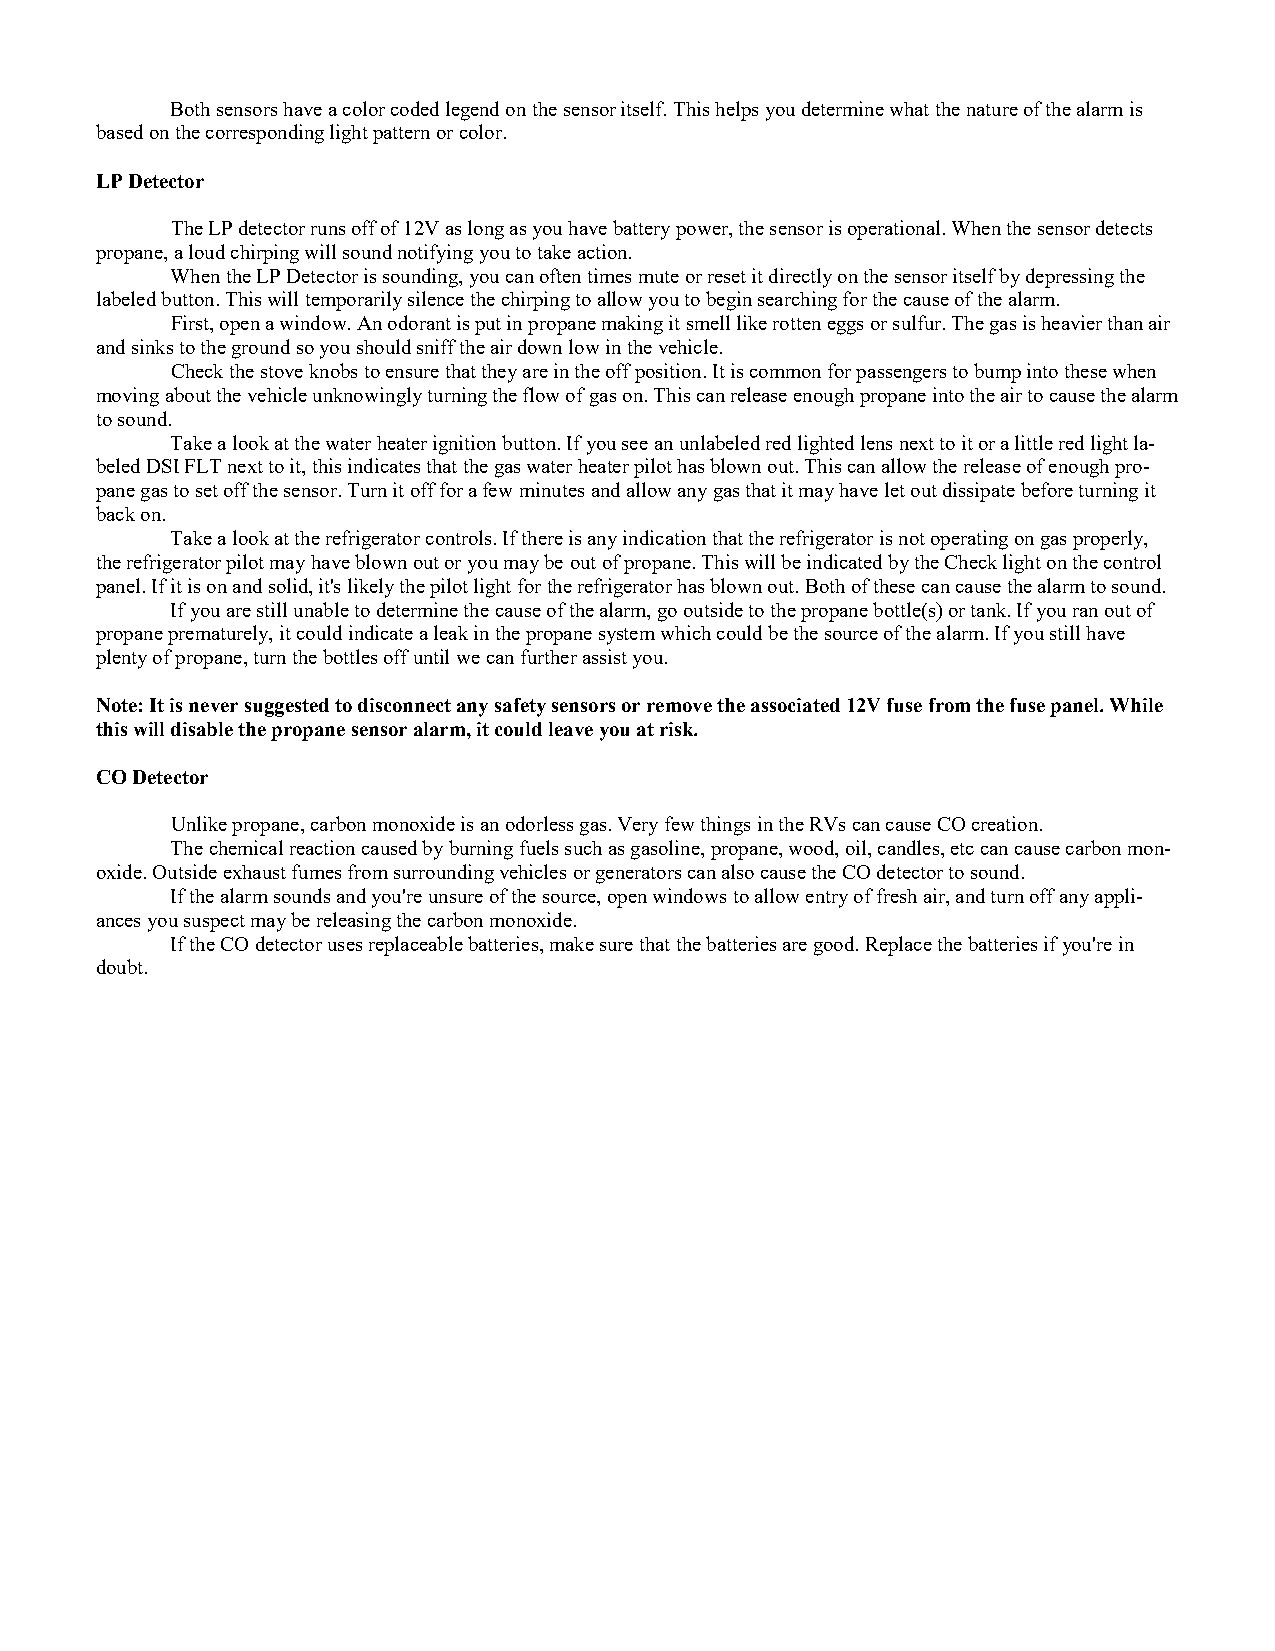
Both sensors have a color coded legend on the sensor itself. This helps you determine what the nature of the alarm is
 based on the corresponding light pattern or color.
 LP Detector
 The LP detector runs off of 12V as long as you have battery power, the sensor is operational. When the sensor detects
 propane, a loud chirping will sound notifying you to take action.
 When the LP Detector is sounding, you can often times mute or reset it directly on the sensor itself by depressing the
 labeled button. This will temporarily silence the chirping to allow you to begin searching for the cause of the alarm.
 First, open a window. An odorant is put in propane making it smell like rotten eggs or sulfur. The gas is heavier than air
 and sinks to the ground so you should sniff the air down low in the vehicle.
 Check the stove knobs to ensure that they are in the off position. It is common for passengers to bump into these when
 moving about the vehicle unknowingly turning the flow of gas on. This can release enough propane into the air to cause the alarm
 to sound.
 Take a look at the water heater ignition button. If you see an unlabeled red lighted lens next to it or a little red light la-
 beled DSI FLT next to it, this indicates that the gas water heater pilot has blown out. This can allow the release of enough pro-
 pane gas to set off the sensor. Turn it off for a few minutes and allow any gas that it may have let out dissipate before turning it
 back on.
 Take a look at the refrigerator controls. If there is any indication that the refrigerator is not operating on gas properly,
 the refrigerator pilot may have blown out or you may be out of propane. This will be indicated by the Check light on the control
 panel. If it is on and solid, it's likely the pilot light for the refrigerator has blown out. Both of these can cause the alarm to sound.
 If you are still unable to determine the cause of the alarm, go outside to the propane bottle(s) or tank. If you ran out of
 propane prematurely, it could indicate a leak in the propane system which could be the source of the alarm. If you still have
 plenty of propane, turn the bottles off until we can further assist you.
 Note: It is never suggested to disconnect any safety sensors or remove the associated 12V fuse from the fuse panel. While
 this will disable the propane sensor alarm, it could leave you at risk.
 CO Detector
 Unlike propane, carbon monoxide is an odorless gas. Very few things in the RVs can cause CO creation.
 The chemical reaction caused by burning fuels such as gasoline, propane, wood, oil, candles, etc can cause carbon mon-
 oxide. Outside exhaust fumes from surrounding vehicles or generators can also cause the CO detector to sound.
 If the alarm sounds and you're unsure of the source, open windows to allow entry of fresh air, and turn off any appli-
 ances you suspect may be releasing the carbon monoxide.
 If the CO detector uses replaceable batteries, make sure that the batteries are good. Replace the batteries if you're in
 doubt.